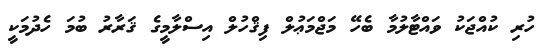
ހުރި ކުއްޖަކު ވައްޓާލުމާ ބެހޭ މަޖްމަޢުލް ފިޤްހުލް އިސްލާމީގެ ޤަރާރު ބުމަ ހެދުމަކީ